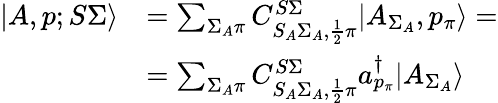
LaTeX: \begin{array}{rl}{|A,p;S\Sigma\rangle}&{=\sum_{\Sigma_{A}\pi}C_{S_{A}\Sigma_{A},\frac{1}{2}\pi}^{S\Sigma}|A_{\Sigma_{A}},p_{\pi}\rangle=}\\ &{=\sum_{\Sigma_{A}\pi}C_{S_{A}\Sigma_{A},\frac{1}{2}\pi}^{S\Sigma}a_{p_{\pi}}^{\dagger}|A_{\Sigma_{A}}\rangle}\end{array}